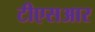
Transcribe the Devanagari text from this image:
टीएसआर